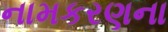
નામકરણના